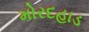
મોરદહાડ